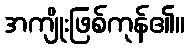
အကျိုးဖြစ်ကုန်၏။